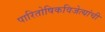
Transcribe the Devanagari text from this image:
पारितोषिकविजेत्यांची